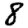
Digit: 8